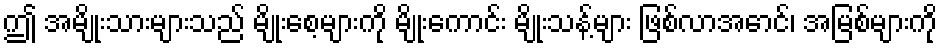
ဤ အမျိုးသားများသည် မျိုးစေ့များကို မျိုးကောင်း မျိုးသန့်များ ဖြစ်လာအောင်၊ အမြစ်များကို